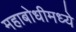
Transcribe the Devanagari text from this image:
महाबोधीमध्ये